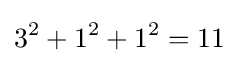
3^{2}+1^{2}+1^{2}=11